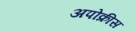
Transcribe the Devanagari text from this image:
अपोक्रीस